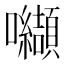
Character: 𭍋